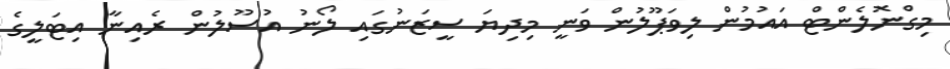
މިގްނޮލެންޓް އައުމުން ލިވަޕޫލުން ވަނީ މިދިޔަ ސީޒަނުގައި ލޯނު އުސޫލުން ރެއިނާ އިޓަލީގެ